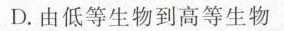
D.由低等生物到高等生物